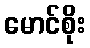
မောင်စိုး